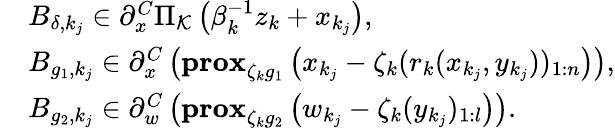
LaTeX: \begin{array}{rl}&{B_{\delta,k_{j}}\in\partial_{x}^{C}\Pi_{\mathcal{K}}\left(\beta_{k}^{-1}z_{k}+x_{k_{j}}\right),}\\ &{B_{g_{1},k_{j}}\in\partial_{x}^{C}\left(\textbf{prox}_{\zeta_{k}g_{1}}\left(x_{k_{j}}-\zeta_{k}(r_{k}(x_{k_{j}},y_{k_{j}}))_{1:n}\right)\right),}\\ &{B_{g_{2},k_{j}}\in\partial_{w}^{C}\left(\textbf{prox}_{\zeta_{k}g_{2}}\left(w_{k_{j}}-\zeta_{k}(y_{k_{j}})_{1:l}\right)\right).}\end{array}